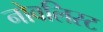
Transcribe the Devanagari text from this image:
नोवलिस्ट